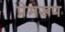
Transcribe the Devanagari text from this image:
प्रेमरूप